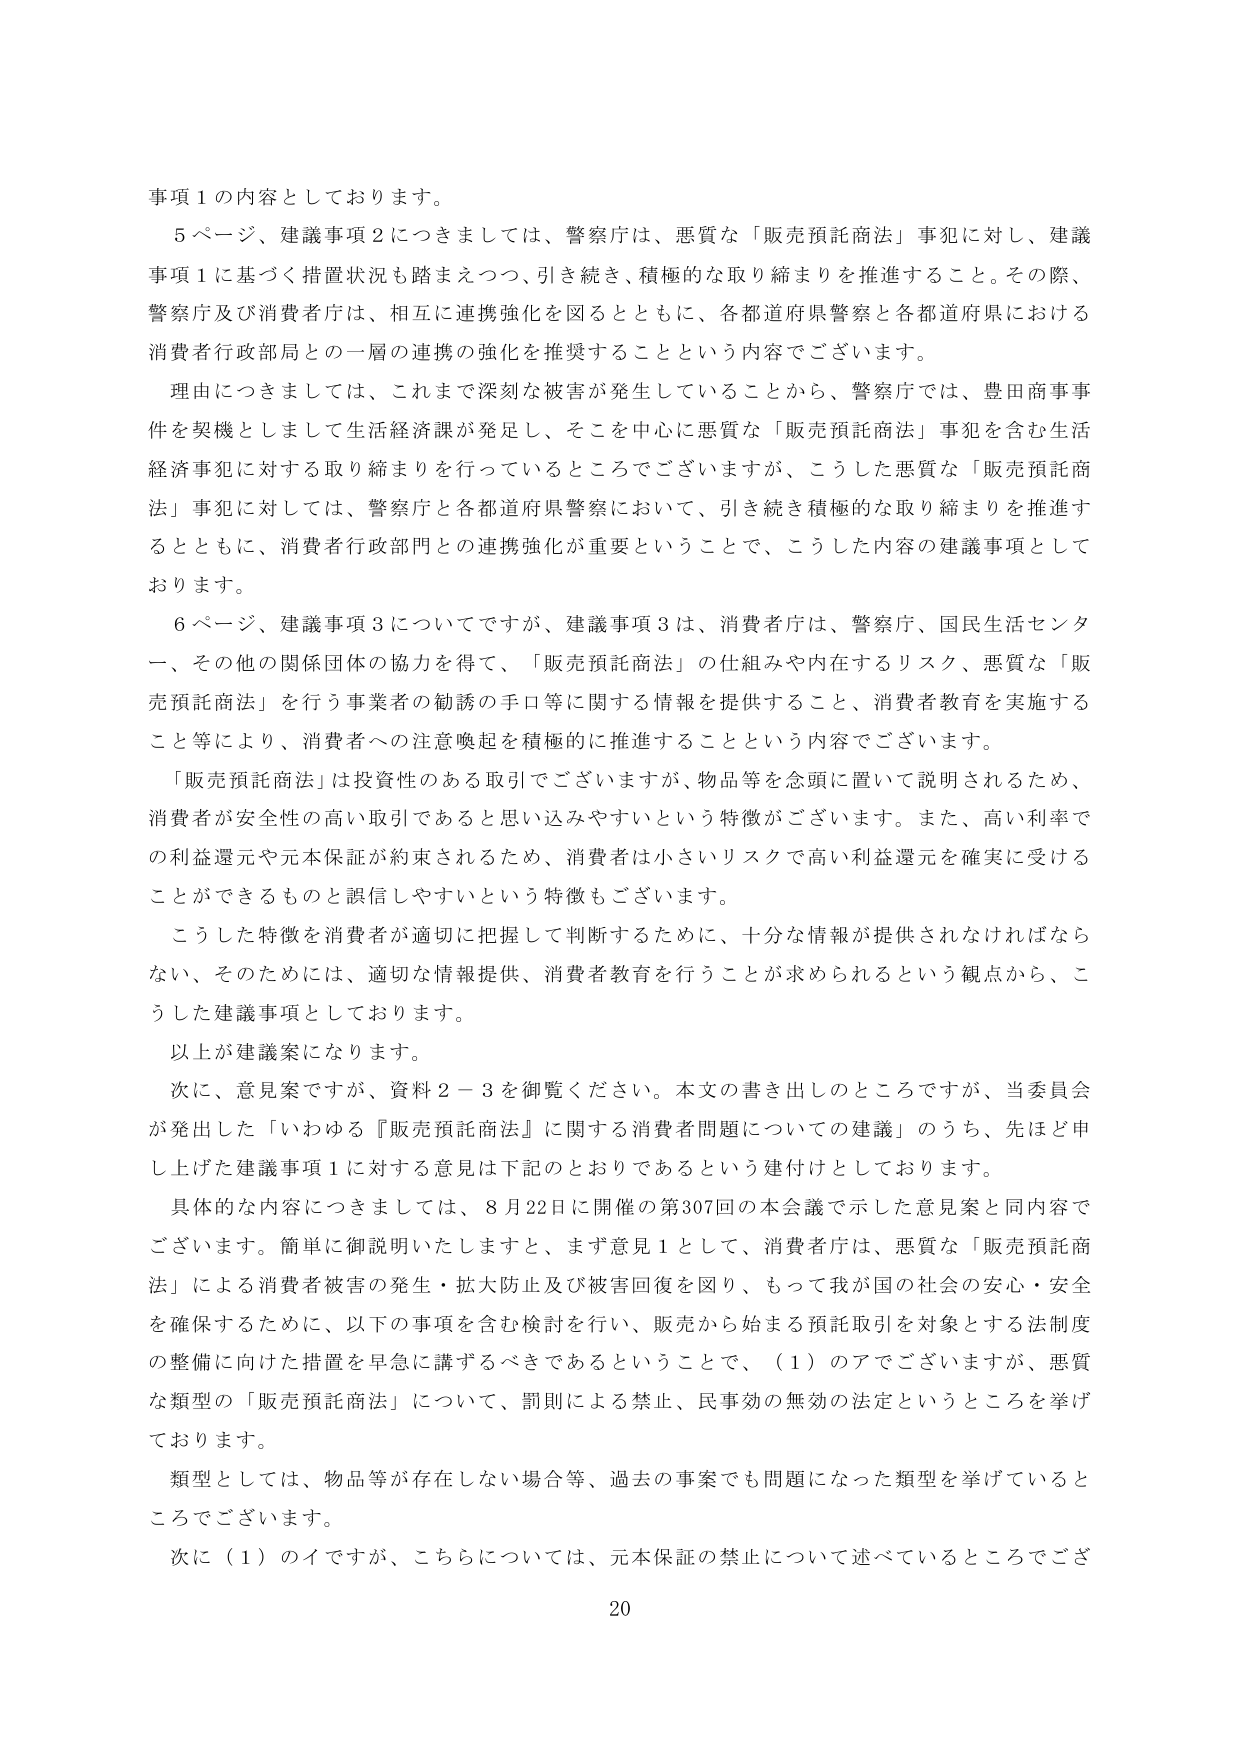
事項１の内容としております。

５ページ、建議事項２につきましては、警察庁は、悪質な「販売預託商法」事犯に対し、建議事項１に基づく措置状況も踏まえつつ、引き続き、積極的な取り締まりを推進すること。その際、警察庁及び消費者庁は、相互に連携強化を図るとともに、各都道府県警察と各都道府県における消費者行政部局との一層の連携の強化を推奨することという内容でございます。

理由につきましては、これまで深刻な被害が発生していることから、警察庁では、豊田商事事件を契機としまして生活経済課が発足し、そこを中心に悪質な「販売預託商法」事犯を含む生活経済事犯に対する取り締まりを行っているところでございますが、こうした悪質な「販売預託商法」事犯に対しては、警察庁と各都道府県警察において、引き続き積極的な取り締まりを推進するとともに、消費者行政部門との連携強化が重要ということで、こうした内容の建議事項としております。

６ページ、建議事項３についてですが、建議事項３は、消費者庁は、警察庁、国民生活センター、その他の関係団体の協力を得て、「販売預託商法」の仕組みや内在するリスク、悪質な「販売預託商法」を行う事業者の勧誘の手口等に関する情報を提供すること、消費者教育を実施すること等により、消費者への注意喚起を積極的に推進することという内容でございます。

「販売預託商法」は投資性のある取引でございますが、物品等を念頭に置いて説明されるため、消費者が安全性の高い取引であると思い込みやすいという特徴がございます。また、高い利率での利益還元や元本保証が約束されるため、消費者は小さいリスクで高い利益還元を確実に受けることができるものと誤信しやすいという特徴もございます。

こうした特徴を消費者が適切に把握して判断するために、十分な情報が提供されなければならない、そのためには、適切な情報提供、消費者教育を行うことが求められるという観点から、こうした建議事項としております。

以上が建議案になります。

次に、意見案ですが、資料２－３を御覧ください。本文の書き出しのところですが、当委員会が発出した「いわゆる『販売預託商法』に関する消費者問題についての建議」のうち、先ほど申し上げた建議事項１に対する意見は下記のとおりであるという建付けとしております。

具体的な内容につきましては、８月22日に開催の第307回の本会議で示した意見案と同内容でございます。簡単に御説明いたしますと、まず意見１として、消費者庁は、悪質な「販売預託商法」による消費者被害の発生・拡大防止及び被害回復を図り、もって我が国の社会の安心・安全を確保するために、以下の事項を含む検討を行い、販売から始まる預託取引を対象とする法制度の整備に向けた措置を早急に講ずるべきであるということで、（１）のアでございますが、悪質な類型の「販売預託商法」について、罰則による禁止、民事効の無効の法定というところを挙げております。

類型としては、物品等が存在しない場合等、過去の事案でも問題になった類型を挙げているところでございます。

次に（１）のイですが、こちらについては、元本保証の禁止について述べているところでござ

20